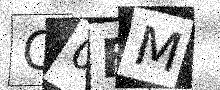
Text: C0FM